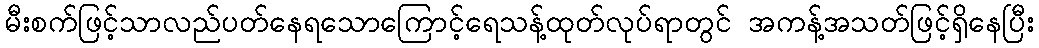
မီးစက်ဖြင့်သာလည်ပတ်နေရသောကြောင့်ရေသန့်ထုတ်လုပ်ရာတွင် အကန့်အသတ်ဖြင့်ရှိနေပြီး